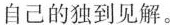
自己的独到见解。